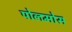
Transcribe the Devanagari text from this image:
पोलमोस